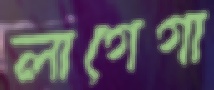
লাগেগা